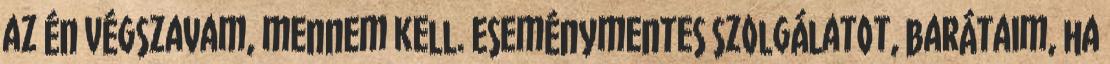
az én végszavam, mennem kell. Eseménymentes szolgálatot, barátaim, ha